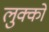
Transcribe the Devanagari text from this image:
लुक्को